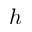
h